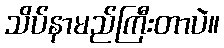
သိပ်နာမည်ကြီးတာပဲ။